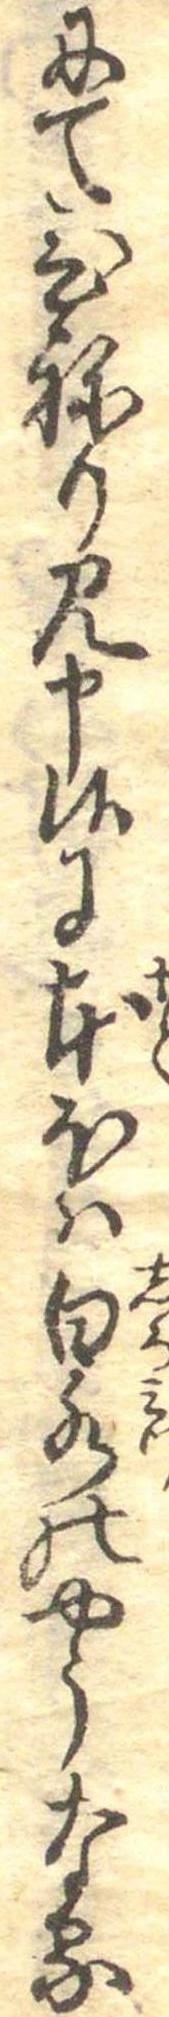
にてひねり見申候に本ほは白水のやうなる